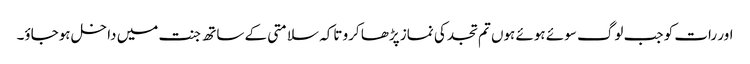
اور رات کو جب لوگ سوئے ہوئے ہوں تم تجد کی نماز پڑھا کرو تاکہ سلامتی کے ساتھ جنت میں داخل ہوجاؤ۔